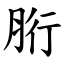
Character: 胻